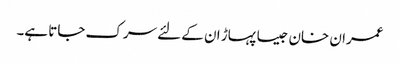
عمران خان جیسا پہاڑ ان کے لئے سرک جاتا ہے۔